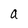
Character: a